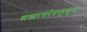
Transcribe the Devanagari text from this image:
वाक्यरचनेबरहूकूम